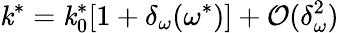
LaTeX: \mathit{k}^{*}=\mathit{k}_{0}^{*}[1+\delta_{\omega}(\omega^{*})]+\mathcal{{O}}(\delta_{\omega}^{2})